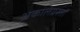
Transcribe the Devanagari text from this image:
अकालग्रस्तों